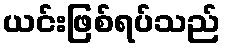
ယင်းဖြစ်ရပ်သည်